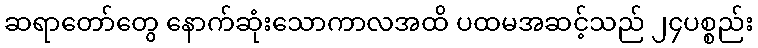
ဆရာတော်တွေ နောက်ဆုံးသောကာလအထိ ပထမအဆင့်သည် ၂၄ပစ္စည်း